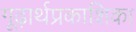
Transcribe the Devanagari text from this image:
गूढ़ार्थप्रकाशिका